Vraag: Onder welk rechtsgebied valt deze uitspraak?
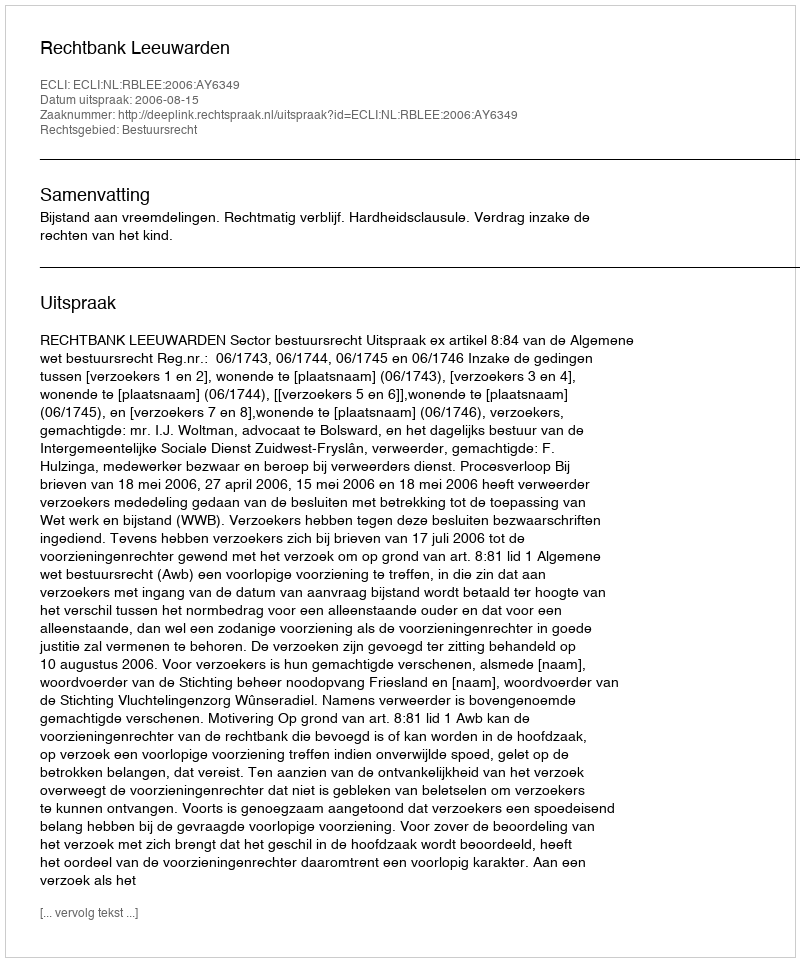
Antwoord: Bestuursrecht